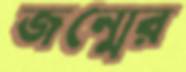
জন্মের